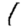
Digit: 1